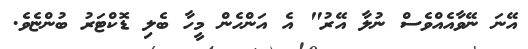
އޭނަ ނޭވާއެއްވެސް ނުލާ އޭރު" އެ އަންހެން މީހާ ބެލި ޑޮކްޓަރު ބުންޏެވެ.